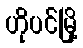
ဟိုပင်မြို့